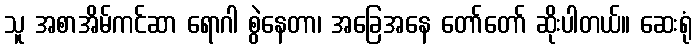
သူ အစာအိမ်ကင်ဆာ ရောဂါ စွဲနေတာ၊ အခြေအနေ တော်တော် ဆိုးပါတယ်။ ဆေးရုံ